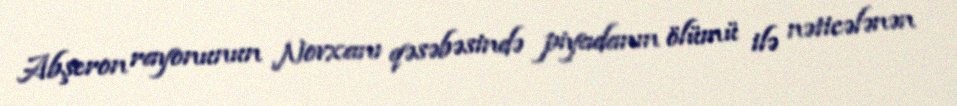
Abşeron rayonunun Novxanı qəsəbəsində piyadanın ölümü ilə nəticələnən